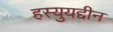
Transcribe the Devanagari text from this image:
हस्युयद्दीन